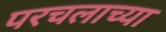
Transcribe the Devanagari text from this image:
परचलाच्या